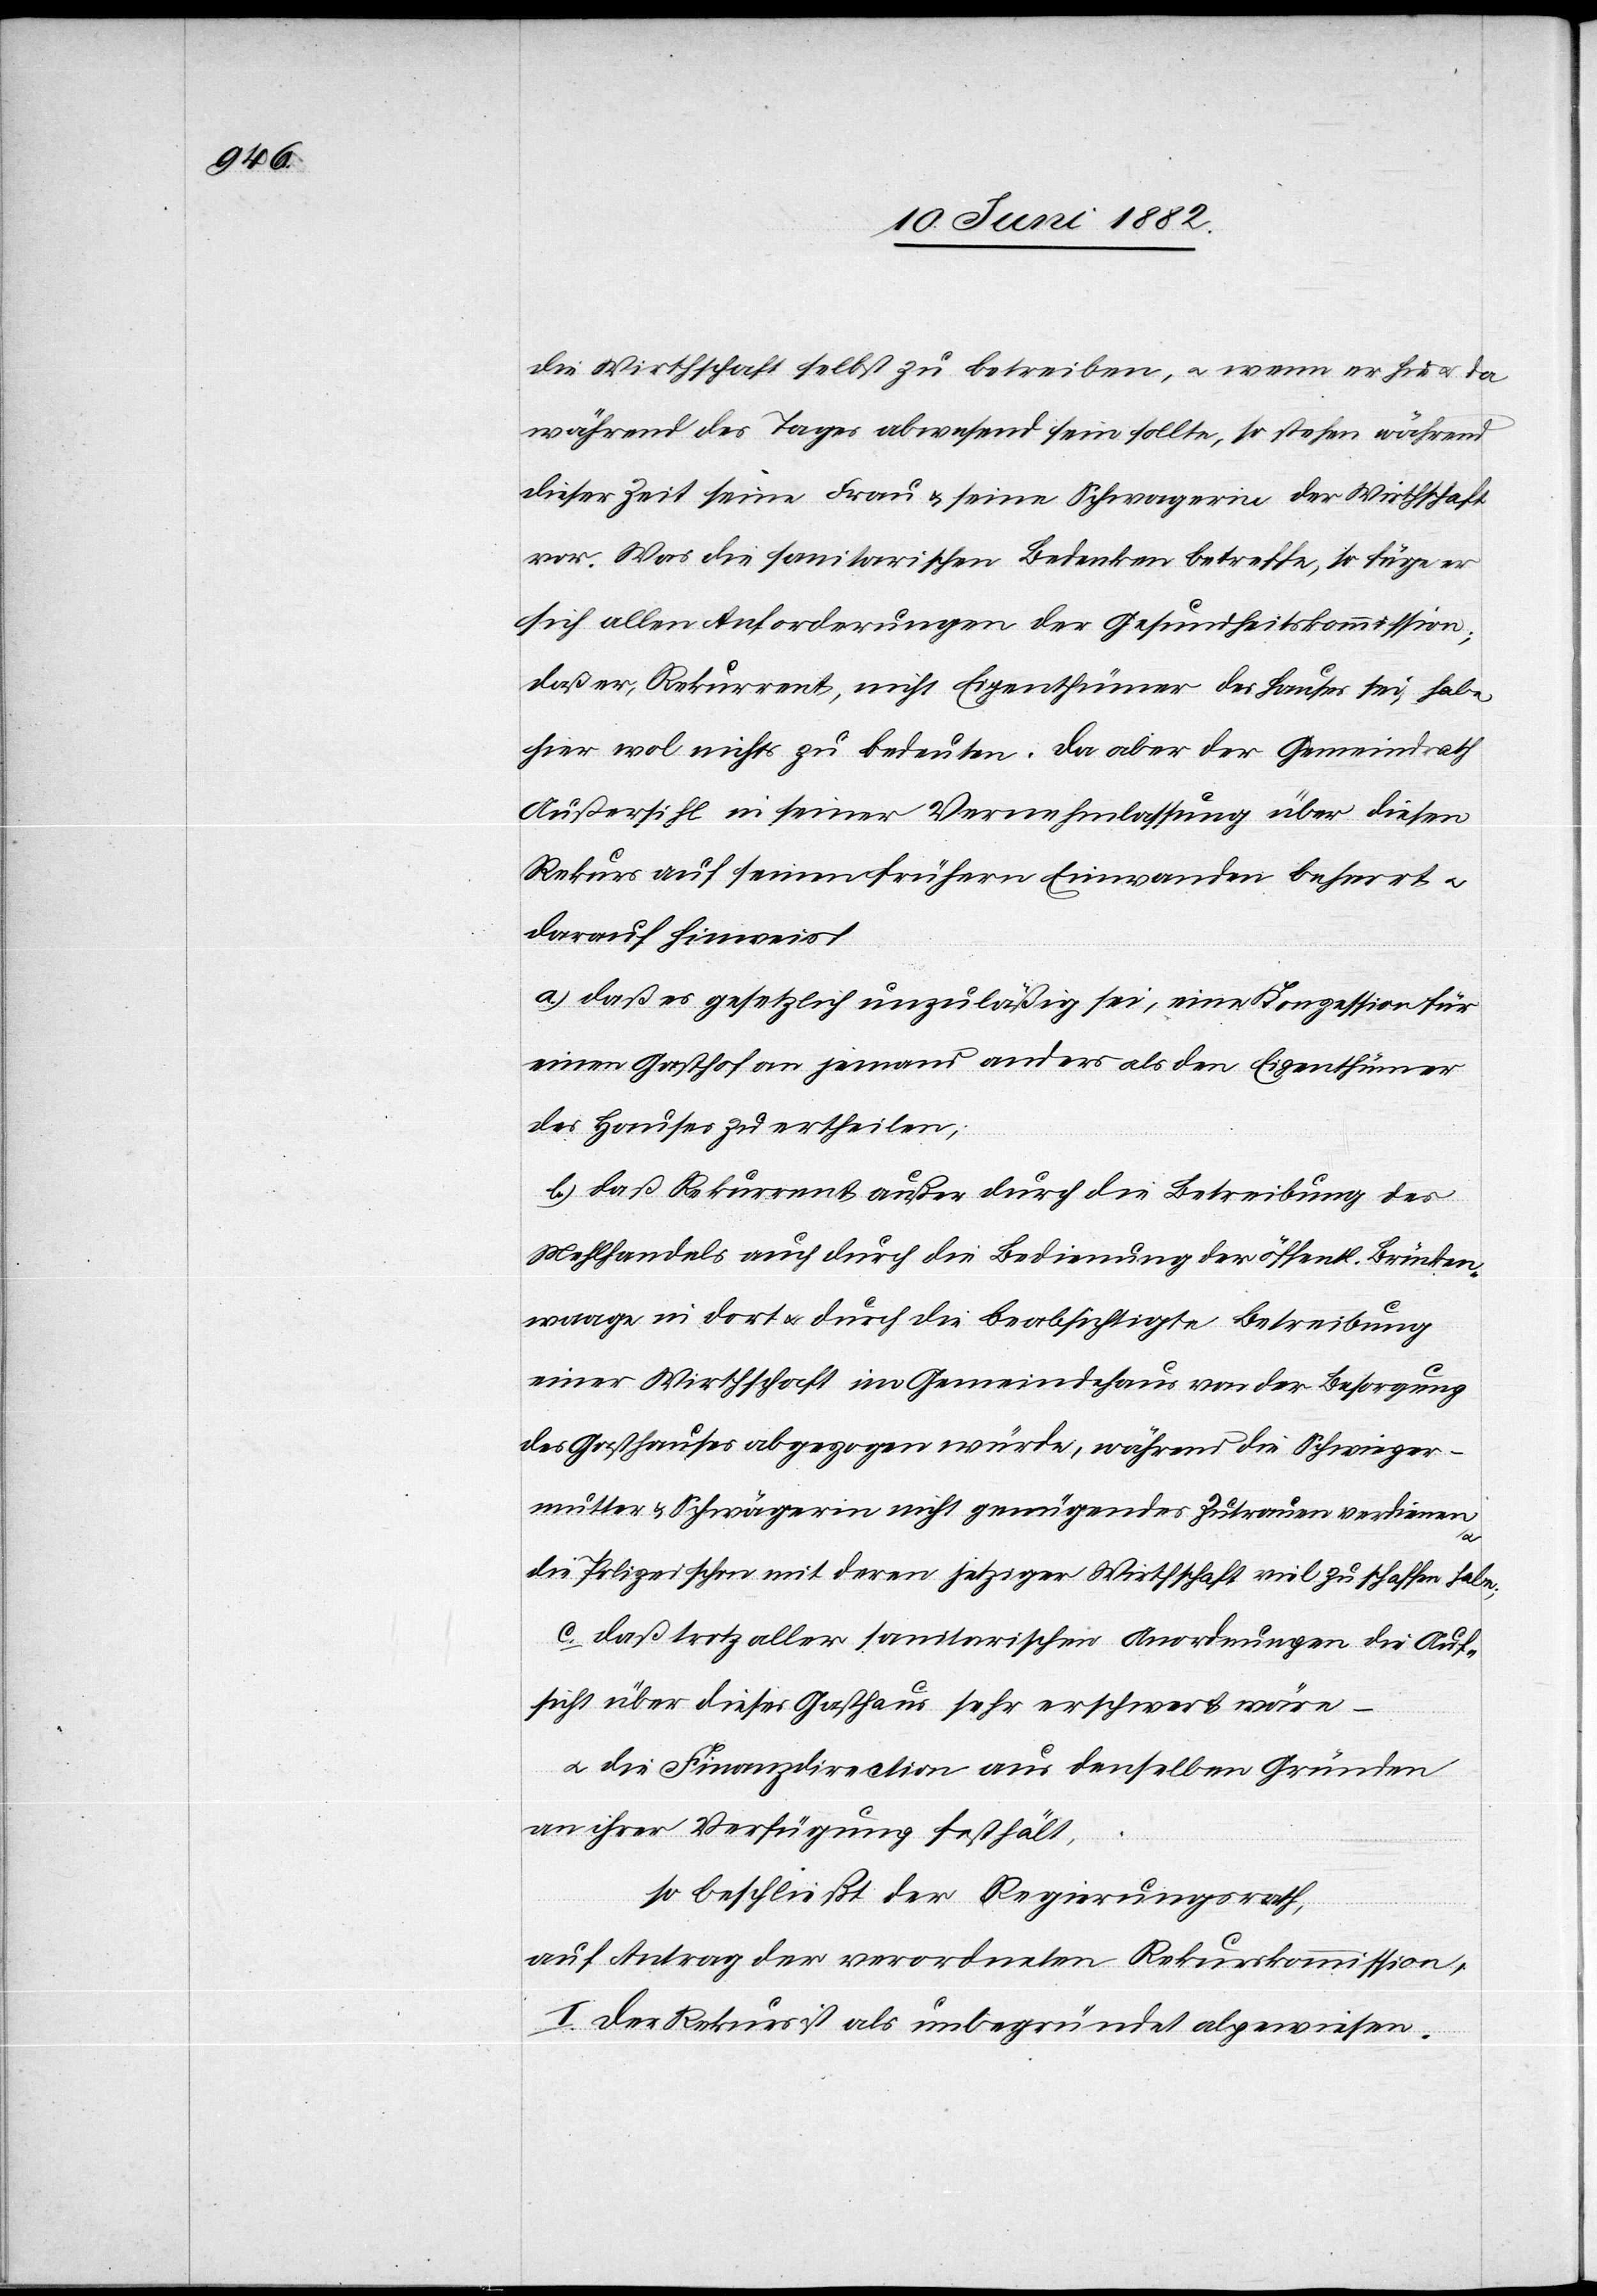
die Wirthschaft selbst zu betreiben, u. wenn er hie u. da
während des Tages abwesend sein sollte, so stehen während
dieser Zeit seine Frau & seine Schwägerin der Wirthschaft
vor. Was die sanitarischen Bedenken betreffe, so füge er
sich allen Anforderungen der Gesundheitskommission;
daß er, Rekurrent, nicht Eigenthümer des Hauses sei, habe
hier wol nichts zu bedeuten. Da aber der Gemeindrath
Außersihl in seiner Vernehmlassung über diesen
Rekurs auf seinen frühern Einwänden beharr u.
darauf hinweist
a) daß es gesetzlich unzuläßig sei, eine Konzession für
einen Gasthof an jemand anders als den Eigenthümer
des Hauses zu ertheilen;
b) daß Rekurrent außer durch die Betreibung des
Mehlhandels auch durch die Bedienung der öffentl. Brücken¬
waage in dort u. durch die beabsichtigte Betreibung
einer Wirthschaft im Gemeindehaus von der Besorgung
des Gasthauses abgezogen würde, während die Schwieger¬
mutter & Schwägerin nicht genügendes Zutrauen verdienen,
die Polizei schon mit deren jetziger Wirthschaft zu schaffen habe;
c) daß trotz aller sanitarischen Anordnungen die Auf¬
sicht über dieses Gasthaus sehr erschwert wäre –
u. die Finanzdirection aus denselben Gründen
an ihrer Verfügung festhält,
so beschließt der Regierungsrath,
auf Antrag der verordneten Rekurskommission:
I. Der Rekurs ist als unbegründet abgewiesen.